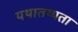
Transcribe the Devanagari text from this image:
यथातथ्‍यता